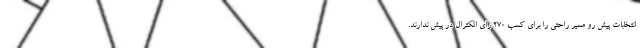
انتخابات پیش رو مسیر راحتی را برای کسب ۲۷۰ رای الکترال در پیش ندارند.